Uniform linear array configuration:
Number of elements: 32
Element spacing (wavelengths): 0.75
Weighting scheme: exponential
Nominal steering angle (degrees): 30
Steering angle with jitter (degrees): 28.099
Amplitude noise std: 0.05
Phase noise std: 0.05

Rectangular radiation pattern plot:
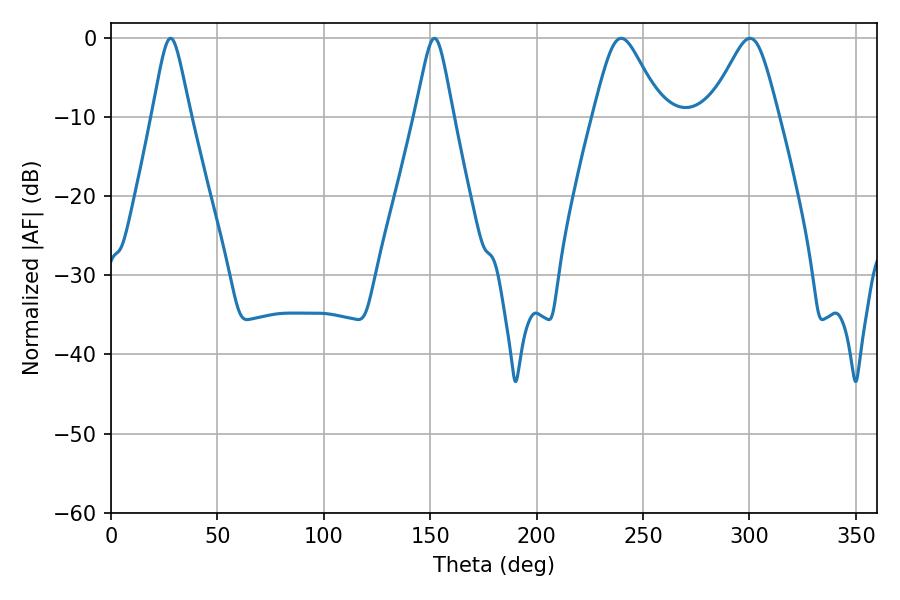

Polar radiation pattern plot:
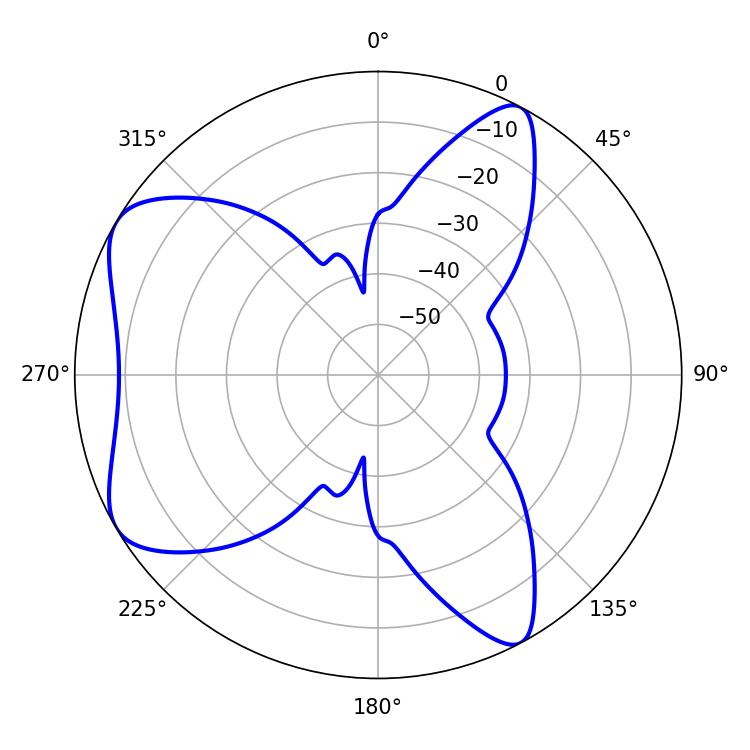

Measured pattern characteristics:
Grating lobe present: TRUE
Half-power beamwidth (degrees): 15.66
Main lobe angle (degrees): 239.76